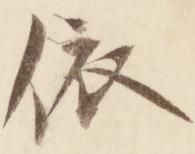
依